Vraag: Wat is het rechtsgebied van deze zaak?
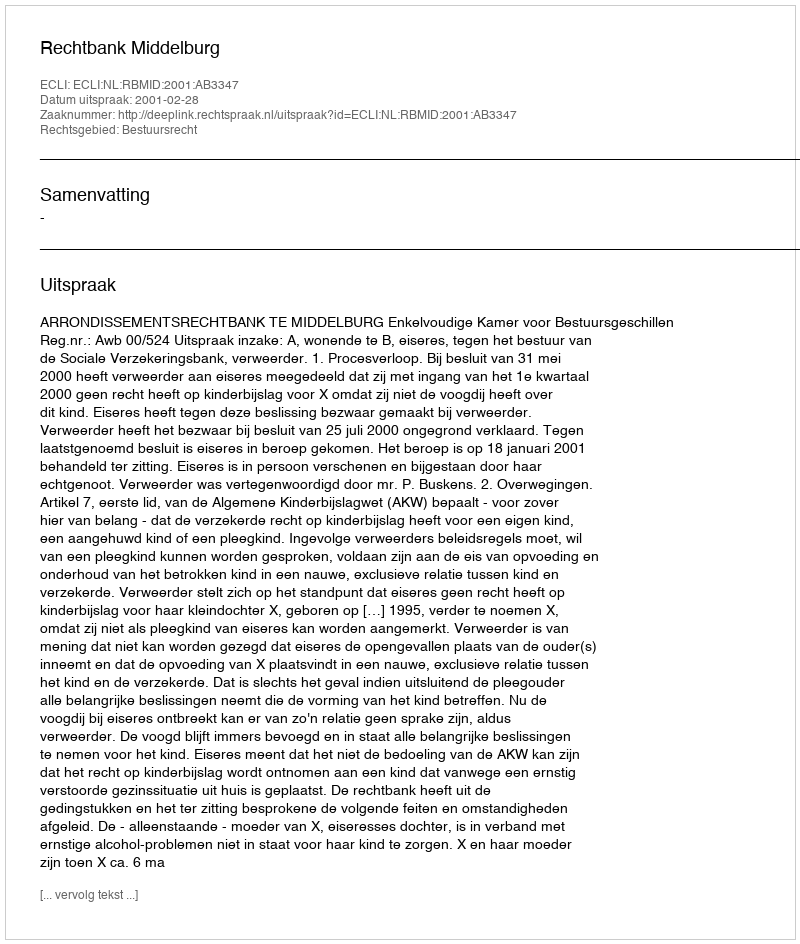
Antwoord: Bestuursrecht